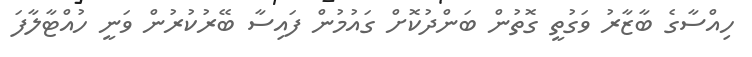
ހިއްސާގެ ބާޒާރު ވަގުތީ ގޮތުން ބަންދުކޮށް ގައުމުން ފައިސާ ބޭރުކުރުން ވަނީ ހުއްޓާލާފަ